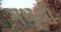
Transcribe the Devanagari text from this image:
मधूश्री